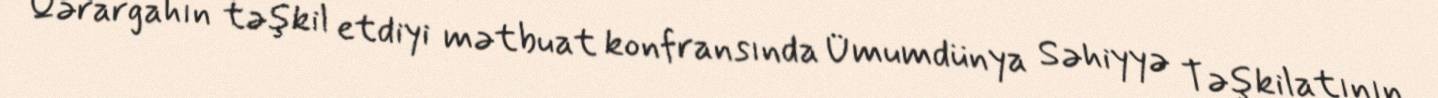
Qərargahın təşkil etdiyi mətbuat konfransında Ümumdünya Səhiyyə Təşkilatının